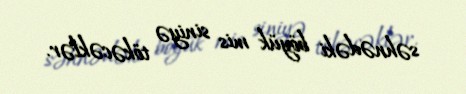
səhnədəki böyük mis siniyə tökəcəklər.